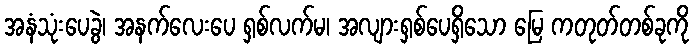
အနံသုံးပေခွဲ၊ အနက်လေးပေ ရှစ်လက်မ၊ အလျားရှစ်ပေရှိသော မြေ ကတုတ်တစ်ခုကို